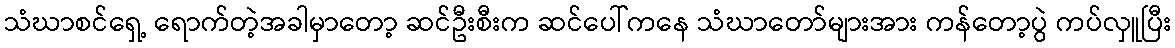
သံဃာစင်ရှေ့ ရောက်တဲ့အခါမှာတော့ ဆင်ဦးစီးက ဆင်ပေါ်ကနေ သံဃာတော်များအား ကန်တော့ပွဲ ကပ်လှူပြီး